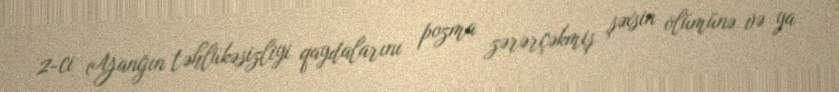
2-ci (Yanğın təhlükəsizliyi qaydalarını pozma zərərçəkmiş şəxsin ölümünə və ya